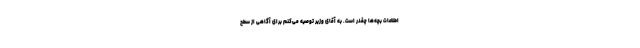
اطلاعات بچه‌ها چقدر است. به آقای وزیر توصیه می‌کنم برای آگاهی از سطح